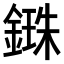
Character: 𨪥